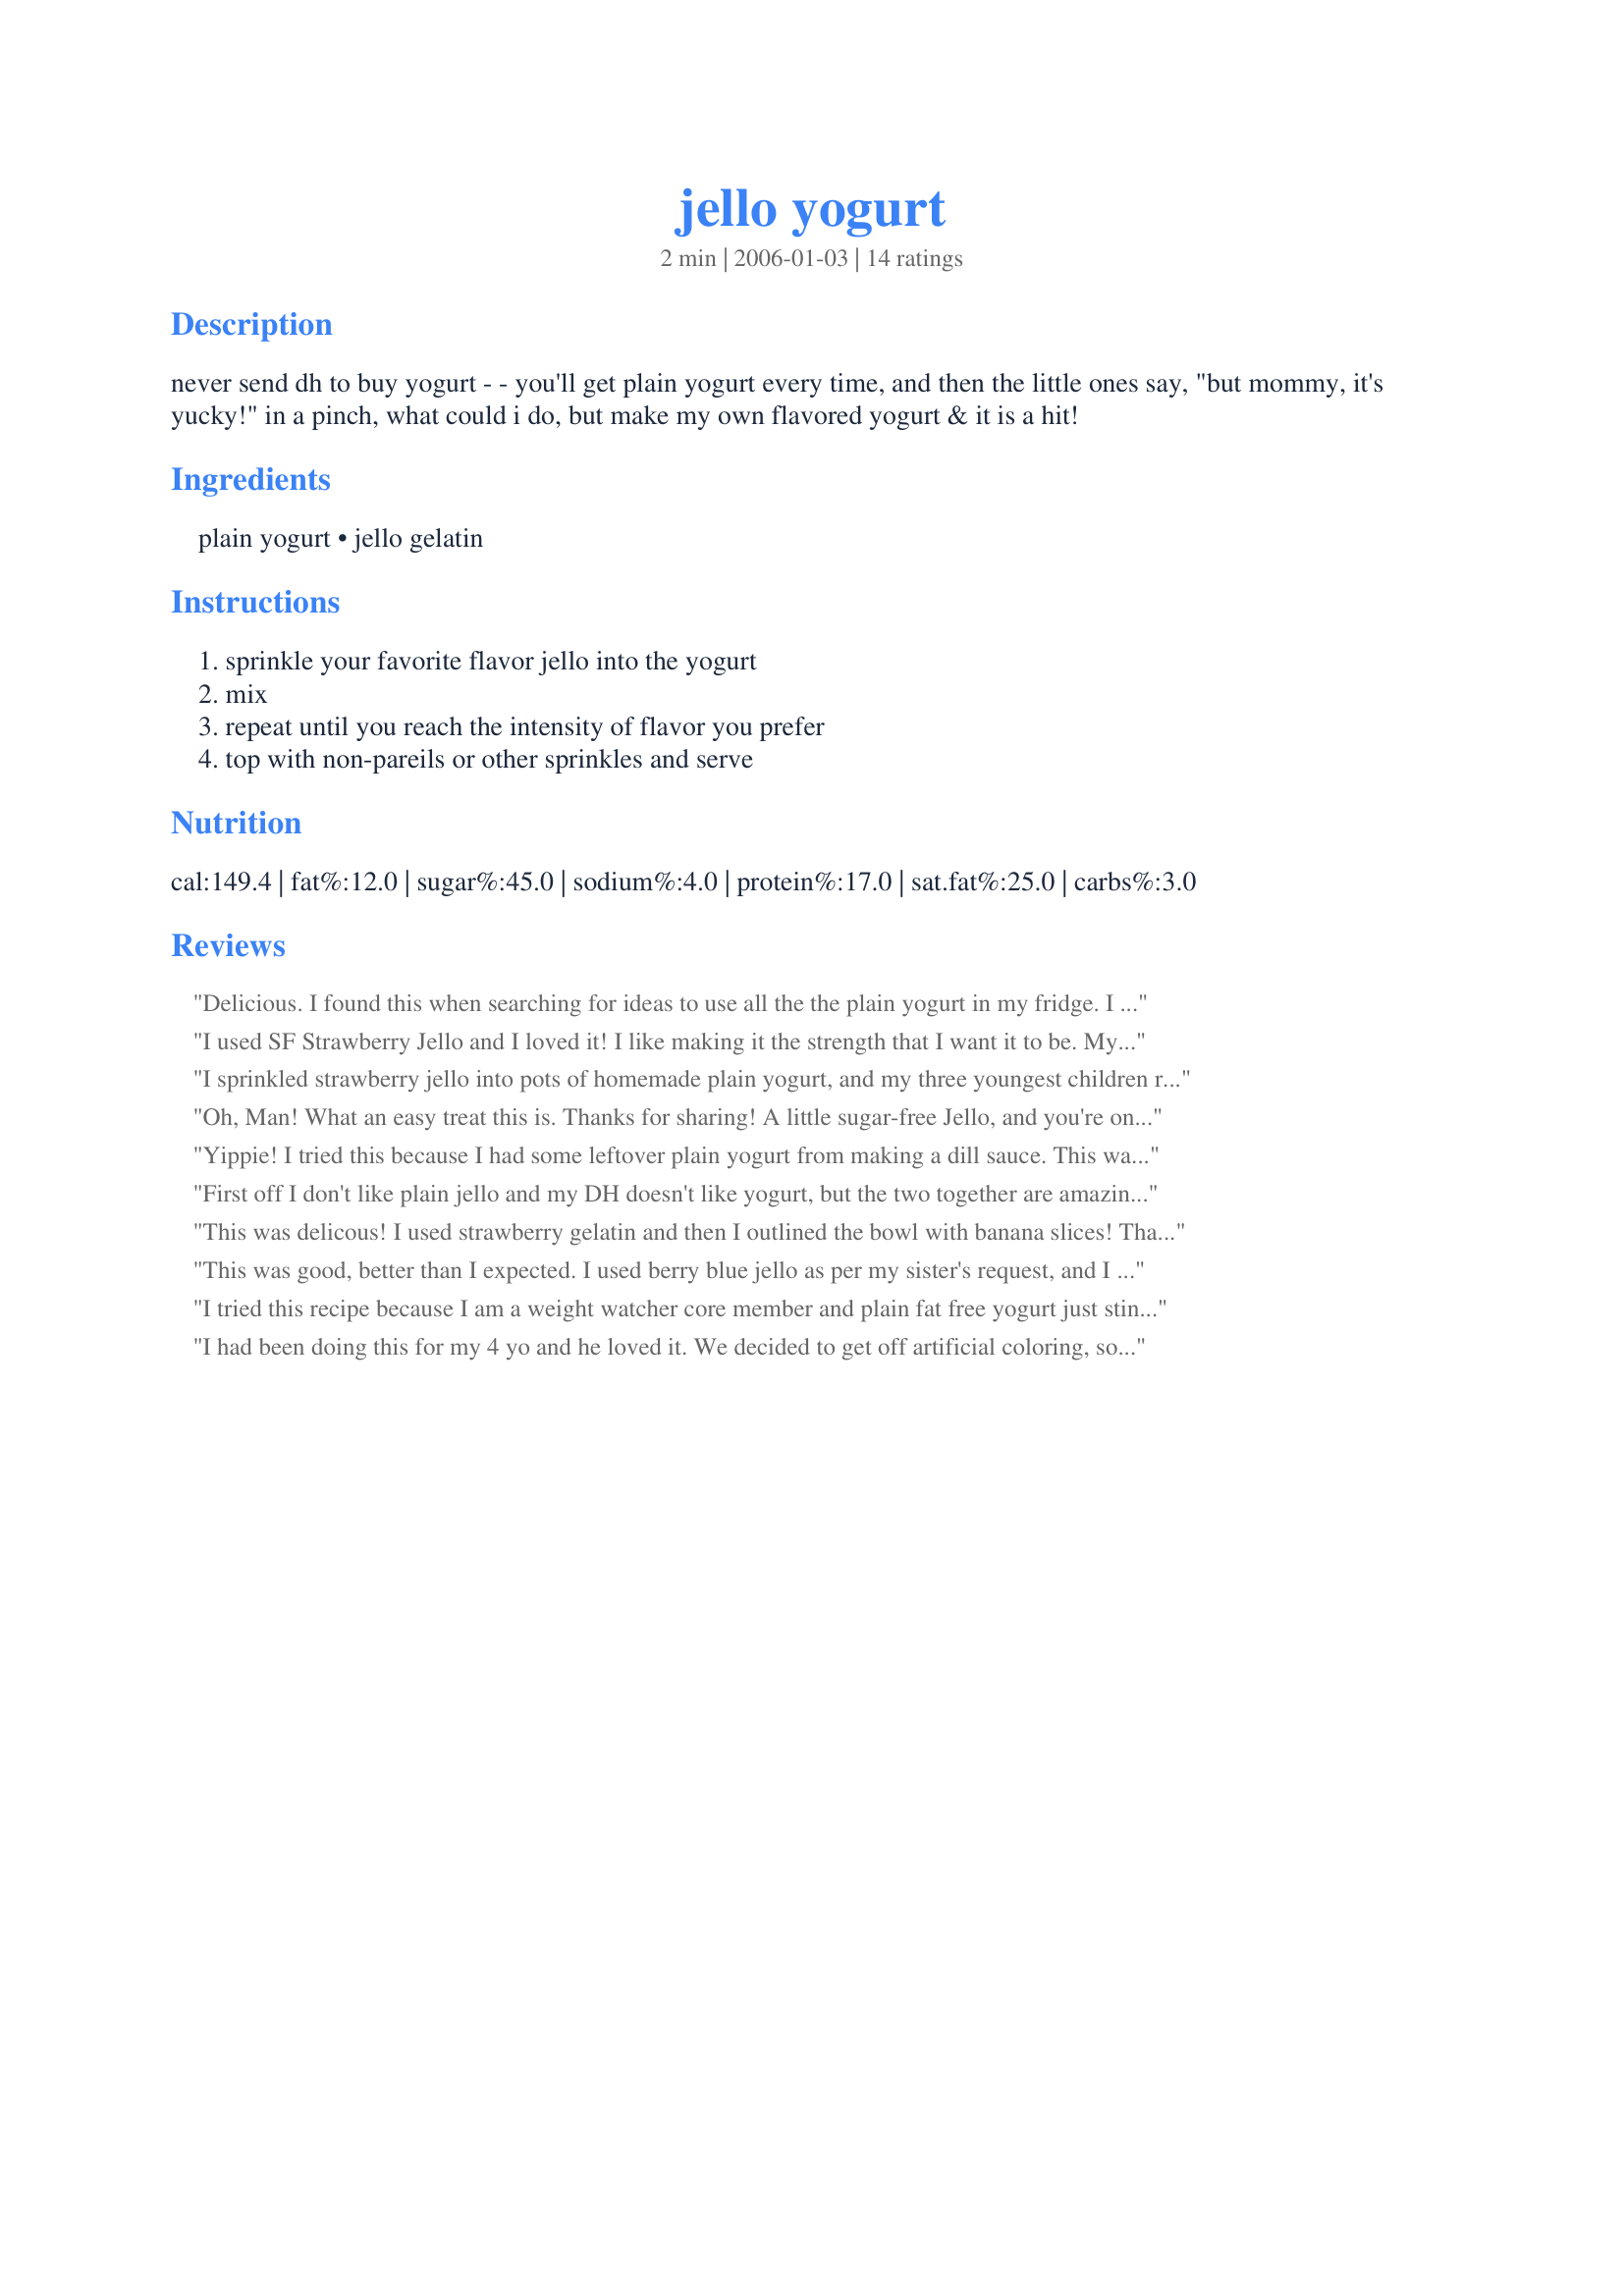
jello yogurt
Preparation time: 2 minutes

never send dh to buy yogurt - - you'll get plain yogurt every time, and then the little ones say, "but mommy, it's yucky!" in a pinch, what could i do, but make my own flavored yogurt & it is a hit!

Ingredients:
plain yogurt, jello gelatin

Steps:
sprinkle your favorite flavor jello into the yogurt, mix, repeat until you reach the intensity of flavor you prefer, top with non-pareils or other sprinkles and serve

Reviews:
Delicious. I found this when searching for ideas to use all the the plain yogurt in my fridge. I used sugar free orange jello but I had to add splenda, I also added cool whip to the top.
I used SF Strawberry Jello and I loved it! I like making it the strength that I want it to be. My 4year old loved it too. Thank you for posting Krsi Sue!!!
I sprinkled strawberry jello into pots of homemade plain yogurt, and my three youngest children really enjoyed it! I did find that I had to use about a teaspoon of sugar in each pot to sweeten it a bit. (Without it, it was a bit tart.) I can't usually get the kids to eat my yogurt, but thanks to you, Krsi Sue, now I can!
Oh, Man! What an easy treat this is. Thanks for sharing! A little sugar-free Jello, and you're on your way to a wonderful, low cal snack!!
Yippie! I tried this because I had some leftover plain yogurt from making a dill sauce. This was great because I never did like any of the flavors that are in the store.
First off I don't like plain jello and my DH doesn't like yogurt, but the two together are amazing. I sprinkled SF strawberry yogurt over some fat free plain yogurt that I had drained for a few hours to make greek yogurt, added about a teaspoon of splenda and thawed (frozen) sliced strawberries plus a little cool whip so it wasn't quite so thick. Yum. We could have eaten the whole batch in one sitting. Thanks for posting.
This was delicous! I used strawberry gelatin and then I outlined the bowl with banana slices!
Thanks for the recipe Krsi Sue!
This was good, better than I expected. I used berry blue jello as per my sister's request, and I look forward to trying other flavors. I wasn't sure how this was going to taste, but it ended up being good yogurt! Thanks!
I tried this recipe because I am a weight watcher core member and plain fat free yogurt just stinks. However, I miss my yogurt. I was surprised at how good this was. Be gentle adding the powder because it can go from being really good to being too strong really fast.
I had been doing this for my 4 yo and he loved it. We decided to get off artificial coloring, so we can't use Jello anymore. Luckily he'll eat it with jam mixed in. I can probably buy the natural type "jello", but it's pretty expensive. It would work too, for those vegans who won't eat jello.
Awesome! I was just searching for something quick, easy & comforting to do with all this extra plain yogurt in my fridge, and I've had these 2 boxes of Jello in my pantry for a couple years now. We just don't eat jello in this house, so anyway, it's perfect! Cleaning out the clutter without wasting product & money. :) Tasty!
This is a neat treat and less expensive than the flavored yogurts.I want to find blueberry jello and try it. I tried orange jello and stirred in drained mandrain oranges. A winner!
Perfect solution for my breakfast-in-a-hurry mornings. I don't use sugar often, so the SF Jello was perfect; not to mention the flavors are endless. I have tried strawberry kiwi and added fresh blueberries to it. My 12 month old grandson love it, too. I use full fat yogurt because I like the creamy flavor. Yogurt has lots of probiotics which help build the immune system, too. This is a great breakfast and snack for when you have been on a prescreption of anti biotics! Thanks for the simple idea that has had a big impact on the increase of my yogurt consumption.
This is a good idea! For those who haven't tried it yet, it tastes more like Jello with a different consistency than like flavored yogurts you would buy at the store. Thanks for sharing the recipe! Made for Healthy Choices ABC Tag.
